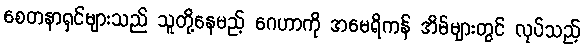
စေတနာရှင်များသည် သူတို့နေမည့် ဂေဟာကို အမေရိကန် အိမ်များတွင် လုပ်သည့်